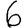
Digit: 6